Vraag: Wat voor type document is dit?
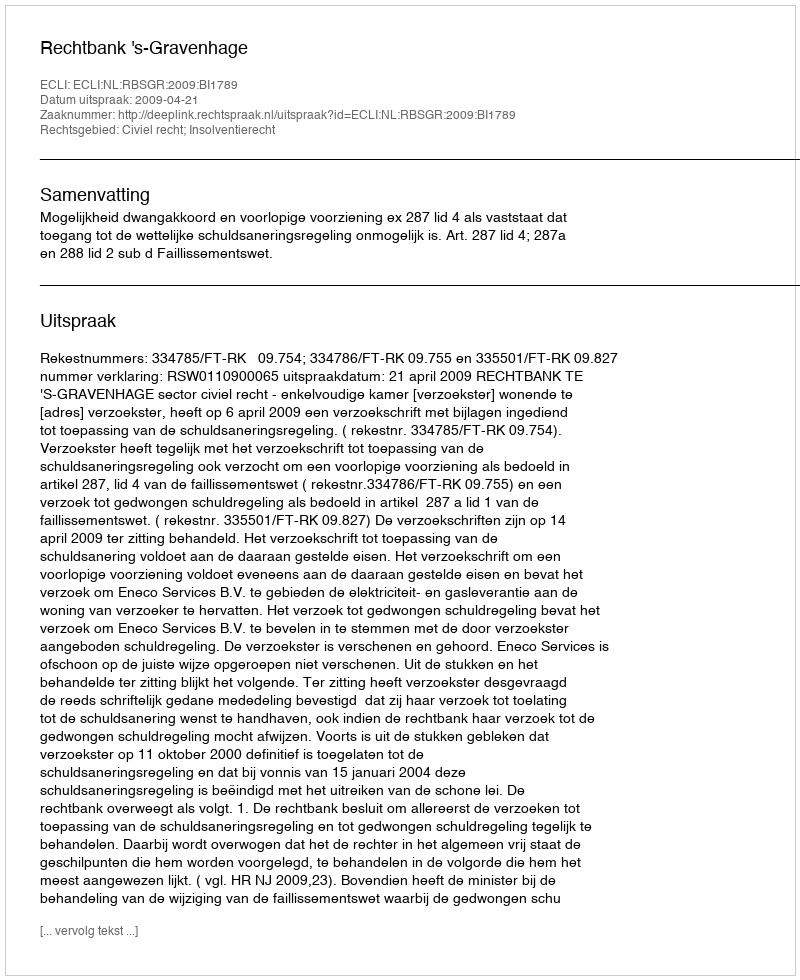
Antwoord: Uitspraak